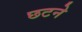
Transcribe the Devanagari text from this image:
छटने